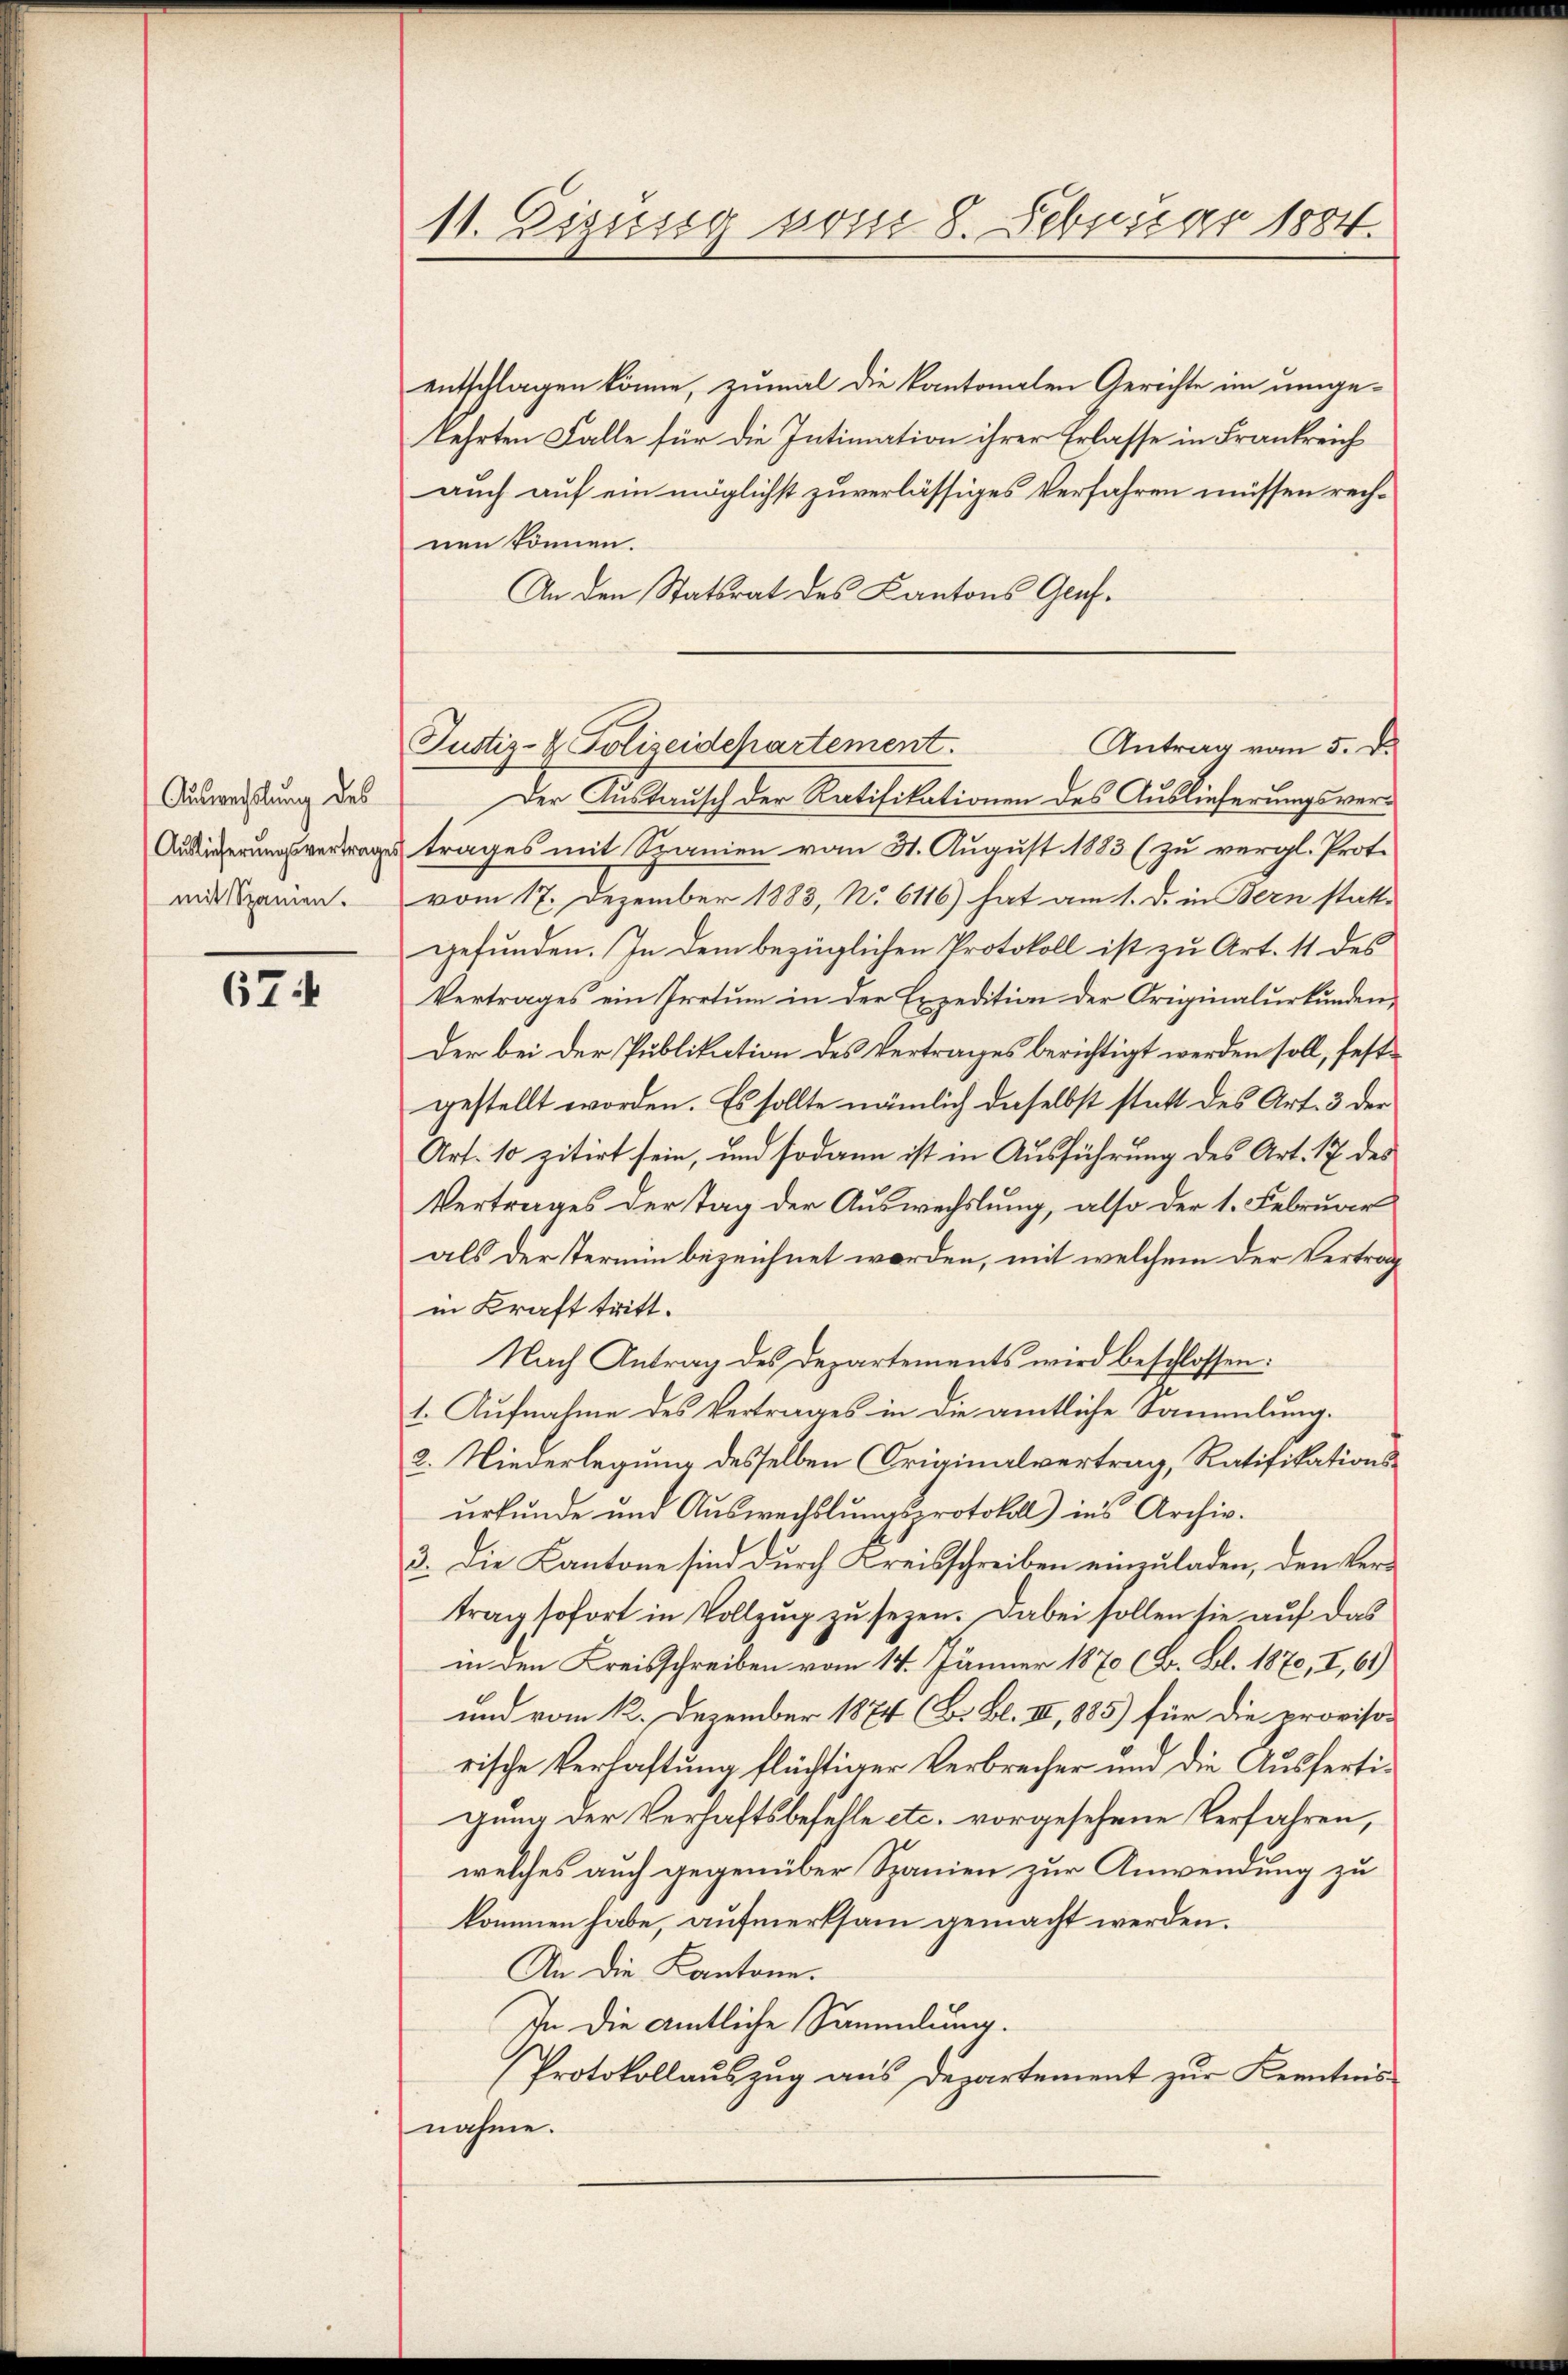
Auswechslung des
Auslieferungsvertrage
mit Spanien.

674

11. Digusig vom 8. Februar 1884.

entschlagen könne, zumal die kantonalen Gerichte im umgekehrten Falle für die Intimation ihrer Erlasse in Frankreich
auch auf ein möglichst zuverlässiges Verfahren müssen rechnen können.
An den Statsrat des Kantons Genf¬
Der Austausch der Ratifikationen des Auslieferungsvertrages mit Spanien vom 31. August 1883 (zu vergl. Prot.
vom 17. Dezember 1883, No 6116) hat am 1. d. in Bern statt-
gefunden. In dem bezüglichen Protokoll ist zu Art. 11 des
Vertrages ein Irrtum in der Expedition der Originalurkunden,
Der bei der Publikation des Vertrages berichtigt werden soll, festgestellt worden. Es sollte nämlich daselbst statt des Art. 3 der
Art. 10 zitirt sein, und sodann ist in Ausführung des Art. 17 des
Vertrages der Tag der Auswechslung, also der 1. Februar
als der Termin bezeichnet worden, mit welchem der Vertrag
in Kraft tritt.
Nach Antrag des Departements wird beschlossen:
t. Aufnahme des Vertrages in die amtliche Sammlung.
2. Niederlegung desselben Originalvertrag, Ratifikationsurkunde und Auswechslungsprotokoll) ins Archiv.
3. Die Kantone sind durch Kreisschreiben einzuladen, den Vertrag sofort in Vollzug zu sezen. Dabei sollen sie auf das
in den Kreisschreiben vom 14. Jänner 1870 (B. Bl. 1870, I, 61)
und vom 12. Dezember 1874 (B. Bl. III, 1885) für die provisorische Verlastung flüchtiger Verbrecher und die Ausfertigung der Verhaftsbefehle etc. vorgesehene Verfahren,
welches auch gegenüber Spanien zur Anwendung zu
kommen habe, aufmerksam gemacht werden.
An die Kantone.
In die amtliche Sammlung.
Protokollauszug aus Departement zur Kenntnis
nahme.

Antrag vom 5. d.
Justiz- & Polizeidepartement.